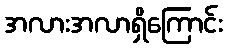
အလားအလာရှိကြောင်း